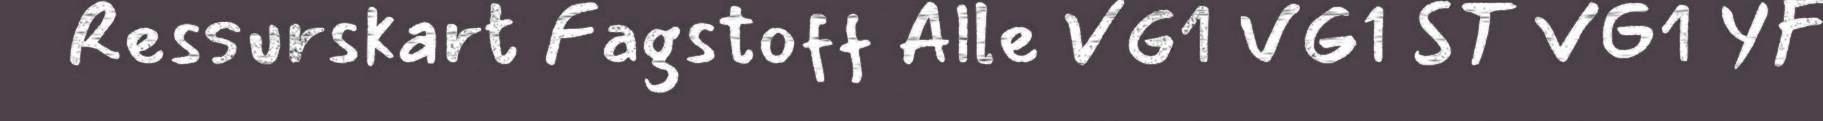
Ressurskart Fagstoff Alle VG1 VG1 ST VG1 YF